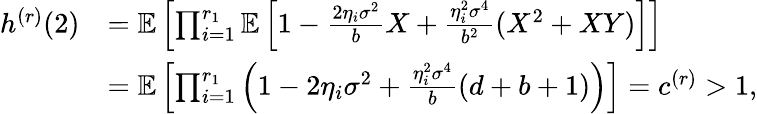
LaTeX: \begin{array}{rl}{h^{(r)}(2)}&{=\mathbb{E}\left[\prod_{i=1}^{r_{1}}\mathbb{E}\left[1-\frac{2\eta_{i}\sigma^{2}}{b}X+\frac{\eta_{i}^{2}\sigma^{4}}{b^{2}}(X^{2}+XY)\right]\right]}\\ &{=\mathbb{E}\left[\prod_{i=1}^{r_{1}}\left(1-2\eta_{i}\sigma^{2}+\frac{\eta_{i}^{2}\sigma^{4}}{b}(d+b+1)\right)\right]=c^{(r)}>1,}\end{array}